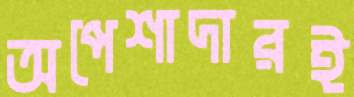
অপেশাদারই